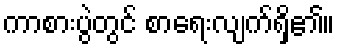
ကာစားပွဲတွင် စာရေးလျက်ရှိ၏။